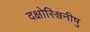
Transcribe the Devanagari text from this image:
दक्षोस्श्विनीषु